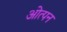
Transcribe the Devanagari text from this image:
ओत्पन